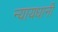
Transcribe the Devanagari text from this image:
न्यायधानी